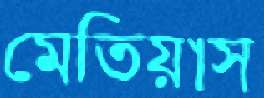
মেতিয়াস